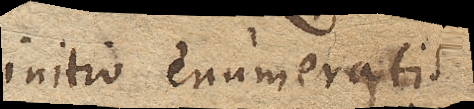
initio enumeratis